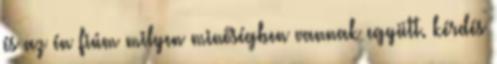
és az én fiúm milyen minőségben vannak együtt. kérdés